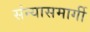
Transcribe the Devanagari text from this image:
संन्यासमार्गी